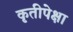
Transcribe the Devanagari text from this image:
कृतीपेक्षा